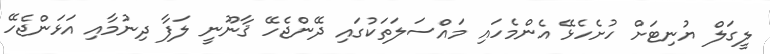
ލީގަލް ޔުނިޓަށް ހުށެހެޅޭ އެންމެހައި މައްސަލަތަކުގައި ދޭންޖެހޭ ޤާނޫނީ ލަފާ ދިނުމާއި އަޅަންޖެހޭ